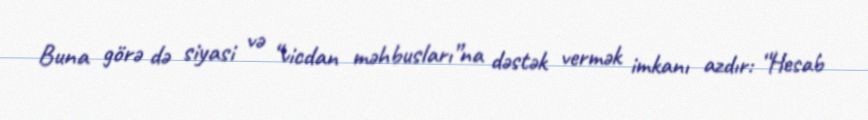
Buna görə də siyasi və “vicdan məhbusları”na dəstək vermək imkanı azdır: “Hesab